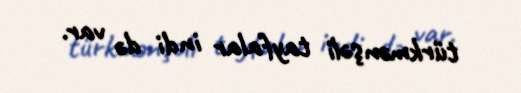
türkmənşəli tayfalar indi də var.